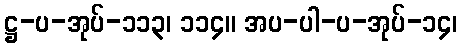
ဋ္ဌ-ပ-အုပ်-၁၁၃၊ ၁၁၄။ အပ-ပါ-ပ-အုပ်-၁၄၊